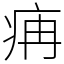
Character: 㾆